Veterinary regulations India, 1935 -
Year: 1935
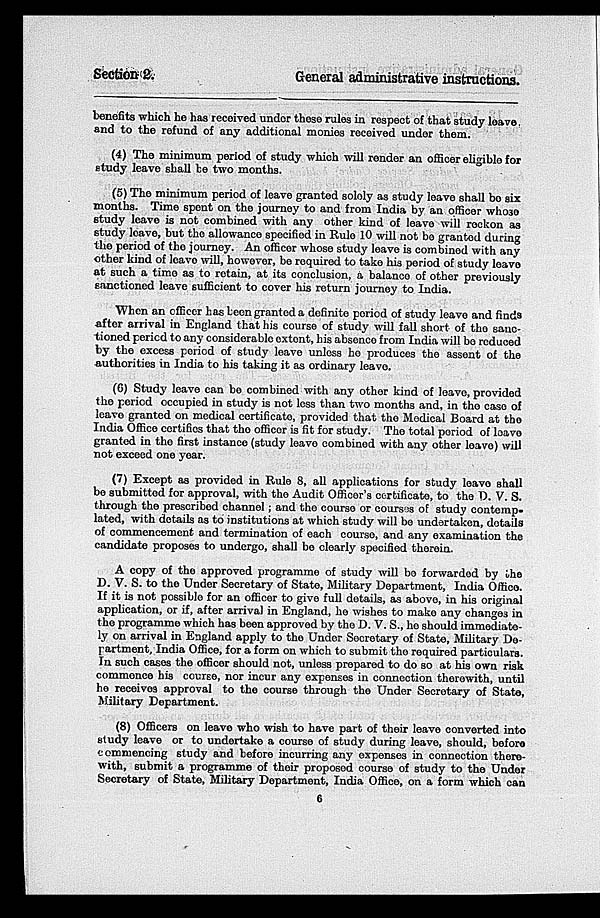
Section 2.
General administrative instructions.
benefits which he has received under these rules in respect of that study leave
and to the refund of any additional monies received under them.
(4) The minimum period of study which will render an officer eligible for
study leave shall be two months.
(5) The minimum period of leave granted solely as study leave shall be six
months. Time spent on the journey to and from India by an officer whose
study leave is not combined with any other kind of leave will reckon as
study leave, but the allowance specified in Rule 10 will not be granted during
the period of the journey. An officer whose study leave is combined with any
other kind of leave will, however, be required to take his period of study leave
at such a time as to retain, at its conclusion, a balance of other previously
sanctioned leave sufficient to cover his return journey to India.
When an officer has been granted a definite period of study leave and finds
after arrival in England that his course of study will fall short of the sanc-
tioned period to any considerable extent, his absence from India will be reduced
by the excess period of study leave unless ho produces the assent of the
authorities in India to his taking it as ordinary leave.
(6) Study leave can be combined with any other kind of leave, provided
the period occupied in study is not less than two months and, in the case of
leave granted on medical certificate, provided that the Medical Board at the
India Office certifies that the officer is fit for study. The total period of leave
granted in the first instance (study leave combined with any other leave) will
not exceed one year.
(7) Except as provided in Rule 8, all applications for study leave shall
be submitted for approval, with the Audit Officer's certificate, to the D. V. S.
through the prescribed channel ; and the course or course of study contemp-
lated, with details as to institutions at which study will be undertaken, details
of commencement and termination of each course, and any examination the
candidate proposes to undergo, shall be clearly specified therein.
A copy of the approved programme of study will be forwarded by the
D. V. S. to the Under Secretary of State, Military Department, India Office.
If it is not possible for an officer to give full details, as above, in his original
application, or if, after arrival in England, he wishes to make any changes in
the programme which has been approved by the D. V. S., he should immediate-
ly on arrival in England apply to the Under Secretary of State, Military De-
partment, India Office, for a form on which to submit the required particulars.
In such cases the officer should not, unless prepared to do so at his own risk
commence his course, nor incur any expenses in connection therewith, until
he receives approval to the course through the Under Secretary of State,
Military Department.
(8) Officers on leave who wish to have part of their leave converted into
study leave or to undertake a course of study during leave, should, before
commencing study and before incurring any expenses in connection there-
with, submit a programme of their proposed course of study to the Under
Secretary of State, Military Department, India Office, on a form which can
6